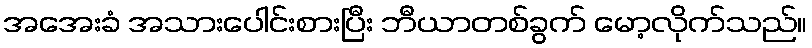
အအေးခံ အသားပေါင်းစားပြီး ဘီယာတစ်ခွက် မော့လိုက်သည်။